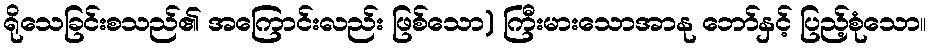
ရိုသေခြင်းစသည်၏ အကြောင်းလည်း ဖြစ်သော) ကြီးမားသောအာနု ဘော်နှင့် ပြည့်စုံသော။